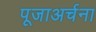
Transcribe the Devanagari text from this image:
पूजाअर्चना